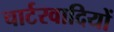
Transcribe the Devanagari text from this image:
चार्टरवादियों